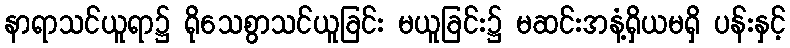
နာရာသင်ယူရာ၌ ရိုသေစွာသင်ယူခြင်း မယူခြင်း၌ မဆင်းအနံ့ရှိယမရှိ ပန်းနှင့်